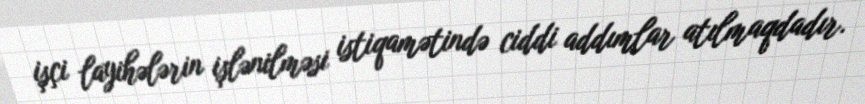
işçi layihələrin işlənilməsi istiqamətində ciddi addımlar atılmaqdadır.